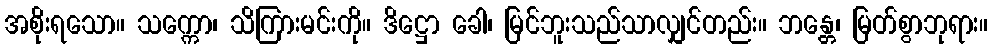
အစိုးရသော။ သက္ကော၊ သိကြားမင်းကို။ ဒိဋ္ဌော ခေါ၊ မြင်ဘူးသည်သာလျှင်တည်း။ ဘန္တေ၊ မြတ်စွာဘုရား။